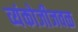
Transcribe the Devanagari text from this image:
व्यंकोजीजवळ